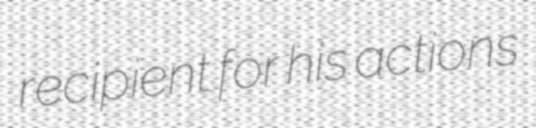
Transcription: recipient for his actions